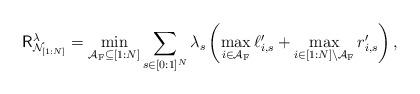
LaTeX: \begin{align*}{{\mathsf{R}}^{\lambda}_{ \mathcal{N}_{[1:N]}}} & = \min_{\mathcal{A}_{\rm{F}} \subseteq {[1:N]}} \sum_{s\in [0:1]^N} \lambda_s \left( \max_{i \in\mathcal{A}_{\rm{F}} } \ell_{i,s}^{\prime} + \max_{i \in {[1:N]} \backslash \mathcal{A}_{\rm{F}} } r_{i,s}^{\prime}\right),\end{align*}